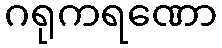
ဂရုကရဏော